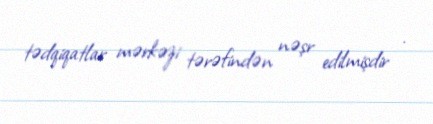
tədqiqatlar mərkəzi tərəfindən nəşr edilmişdir .